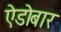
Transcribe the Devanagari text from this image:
ऐडोबार